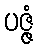
ပဇ္ဇံ